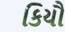
કિયૌ